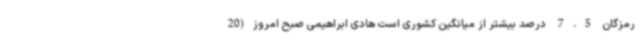
رمزگان 7.5 درصد بیشتر از میانگین کشوری است هادی ابراهیمی صبح امروز(20